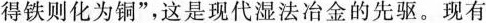
得铁则化为铜”，这是现代湿法冶金的先驱。现有